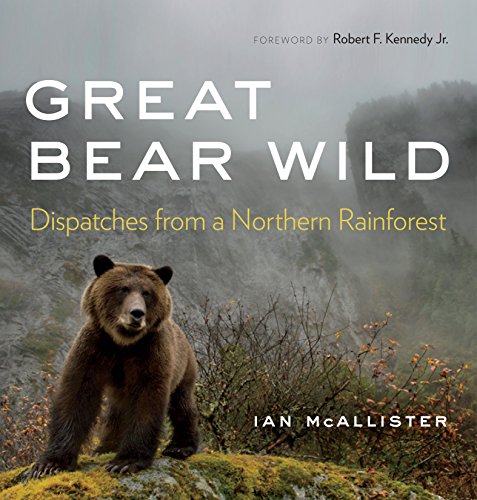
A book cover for Great Bear Wild: Dispatches from a Northern Rainforest; Ian McAllister; Science & Math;